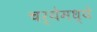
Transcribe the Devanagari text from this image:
चर्येमध्ये